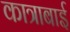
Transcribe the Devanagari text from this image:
कात्राबाई